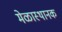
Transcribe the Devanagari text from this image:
मेळास्थानक